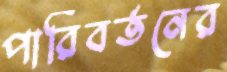
পারিবর্তনের